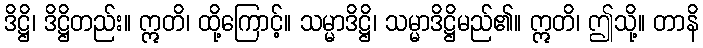
ဒိဋ္ဌိ၊ ဒိဋ္ဌိတည်း။ ဣတိ၊ ထို့ကြောင့်။ သမ္မာဒိဋ္ဌိ၊ သမ္မာဒိဋ္ဌိမည်၏။ ဣတိ၊ ဤသို့။ တာနိ